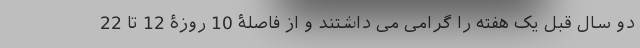
دو سال قبل یک هفته را گرامی می داشتند و از فاصلۀ 10 روزۀ 12 تا 22